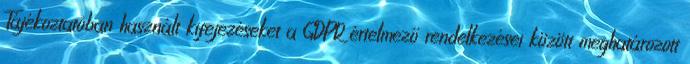
Tájékoztatóban használt kifejezéseket a GDPR értelmező rendelkezései között meghatározott